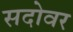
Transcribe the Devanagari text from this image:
सदोवर